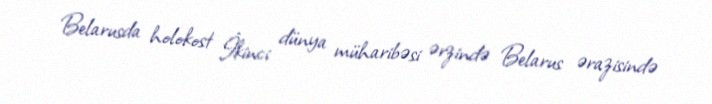
Belarusda holokost İkinci dünya müharibəsi ərzində Belarus ərazisində